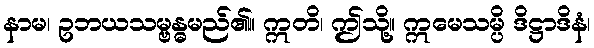
နာမ၊ ဥဘယသမ္ဗန္ဓမည်၏။ ဣတိ၊ ဤသို့။ ဣမေသမ္ပိ ဒိဋ္ဌာဒိနံ၊